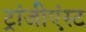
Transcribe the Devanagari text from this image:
ट्रांजीएंस्ट